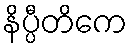
နိပ္ပီတိကေ